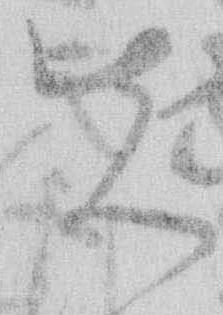
先